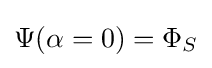
{\textstyle \Psi (\alpha =0)=\Phi _{S}}